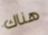
هناك